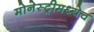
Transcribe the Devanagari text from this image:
मोनेस्ट्रीमध्येच